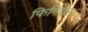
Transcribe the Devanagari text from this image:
फिगिएल